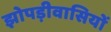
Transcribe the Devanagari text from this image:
झोपड़ीवासियों